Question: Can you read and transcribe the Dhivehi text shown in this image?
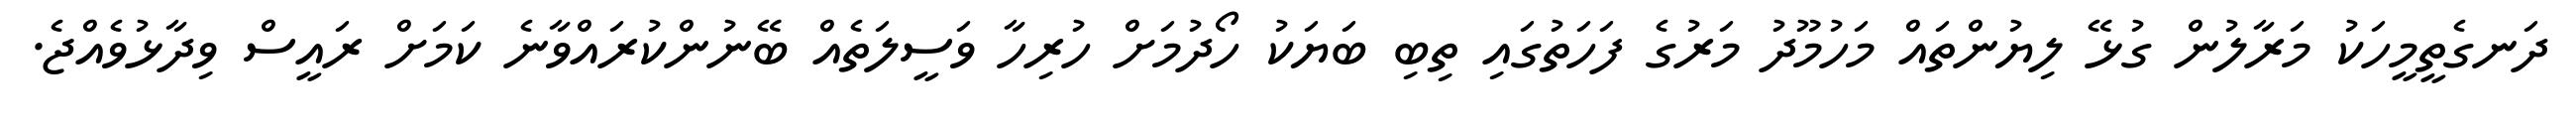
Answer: ދަނގެތީމީހަކު މަރާލުން ގުޅޭ ލިޔުންތައް މަހުމޫދު މަރުގެ ފަހަތުގައި ތިބި ބަޔަކު ހޯދުމަށް ހުރިހާ ވަސީލަތެއް ބޭނުންކުރައްވާނެ ކަމަށް ރައީސް ވިދާޅުވެއްޖެ.